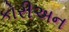
કોરીઅન